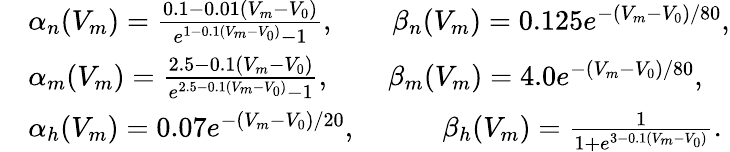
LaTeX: \begin{array}{rl}&{\alpha_{n}(V_{m})=\frac{0.1-0.01(V_{m}-V_{0})}{e^{1-0.1(V_{m}-V_{0})}-1},\qquad\beta_{n}(V_{m})=0.125e^{-(V_{m}-V_{0})/80},}\\ &{\alpha_{m}(V_{m})=\frac{2.5-0.1(V_{m}-V_{0})}{e^{2.5-0.1(V_{m}-V_{0})}-1},\qquad\beta_{m}(V_{m})=4.0e^{-(V_{m}-V_{0})/80},}\\ &{\alpha_{h}(V_{m})=0.07e^{-(V_{m}-V_{0})/20},\qquad\ \ \ \ \beta_{h}(V_{m})=\frac{1}{1+e^{3-0.1(V_{m}-V_{0})}}.}\end{array}